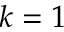
k = 1